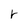
Character: r